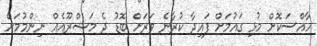
ހާއްސަކޮށް މުޅި ގައުމަށް ފައިދާ ކުރާނެ ވަރަށް ބޮޑު ދެ މަޝްރޫއެއް ނިންމުމަށް